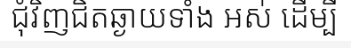
ជុំវិញជិតឆ្ងាយទាំង អស់ ដើម្បី